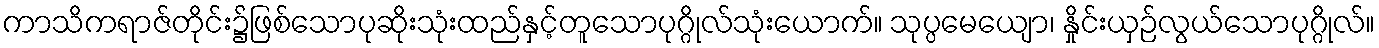
ကာသိကရာဇ်တိုင်း၌ဖြစ်သောပုဆိုးသုံးထည်နှင့်တူသောပုဂ္ဂိုလ်သုံးယောက်။ သုပ္ပမေယျော၊ နှိုင်းယှဉ်လွယ်သောပုဂ္ဂိုလ်။